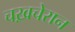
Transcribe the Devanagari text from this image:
चख़चेरान